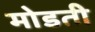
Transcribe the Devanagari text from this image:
मोडती